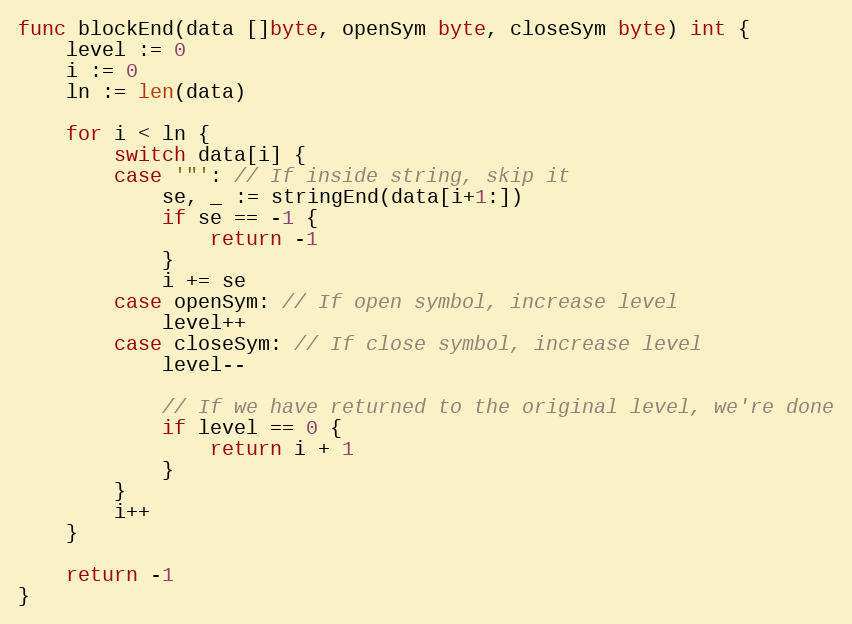
Language: Go
func blockEnd(data []byte, openSym byte, closeSym byte) int {
	level := 0
	i := 0
	ln := len(data)

	for i < ln {
		switch data[i] {
		case '"': // If inside string, skip it
			se, _ := stringEnd(data[i+1:])
			if se == -1 {
				return -1
			}
			i += se
		case openSym: // If open symbol, increase level
			level++
		case closeSym: // If close symbol, increase level
			level--

			// If we have returned to the original level, we're done
			if level == 0 {
				return i + 1
			}
		}
		i++
	}

	return -1
}